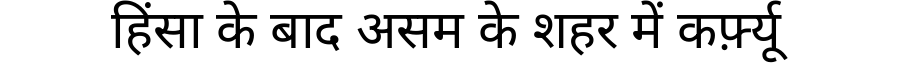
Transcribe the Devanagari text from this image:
हिंसा के बाद असम के शहर में कर्फ़्यू